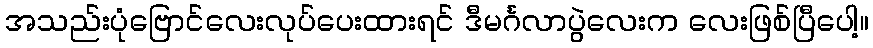
အသည်းပုံဗြောင်လေးလုပ်ပေးထားရင် ဒီမင်္ဂလာပွဲလေးက လေးဖြစ်ပြီပေါ့။